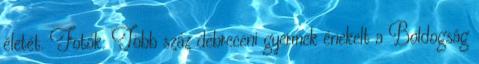
életét. Fotók: Több száz debreceni gyermek énekelt a Boldogság